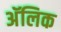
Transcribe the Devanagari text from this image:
अॅलिक